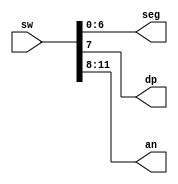
`timescale 1ns / 1ps
//////////////////////////////////////////////////////////////////////////////////
// Company: 
// Engineer: 
// 
// Design Name: 
// Module Name: seven_seg_switches
// Project Name: 
// Target Devices: 
// Tool Versions: 
// Description: 
// 
// Dependencies: 
// 
// Revision:
// Revision 0.01 - File Created
// Additional Comments:
// 
//////////////////////////////////////////////////////////////////////////////////


module seven_seg_switches(
    input [15:0] sw,
    output [6:0] seg,
    output dp,
    output [3:0] an
    );
    
    assign seg = sw[6:0];
    assign dp = sw[7];
    assign an = sw[11:8];
    
endmodule